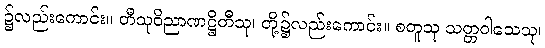
၌လည်းကောင်း။ တီသုဝိညာဏဋ္ဌိတီသု၊ တို့၌လည်းကောင်း။ စတူသု သတ္တဝါသေသု၊